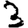
Digit: 3